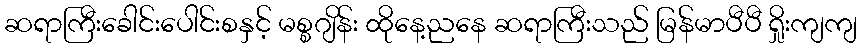
ဆရာကြီးခေါင်းပေါင်းစနှင့် မစ္စဂျိန်း ထိုနေ့ညနေ ဆရာကြီးသည် မြန်မာပီပီ ရှိုးကျကျ